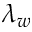
\lambda _ { w }